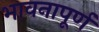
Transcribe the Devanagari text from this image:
भावनापूर्ण